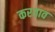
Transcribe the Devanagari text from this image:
करताव